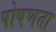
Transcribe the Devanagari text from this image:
पोषणता